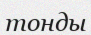
тонды